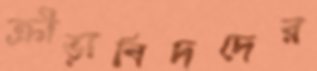
ক্রীড়াবিদদের